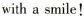
with a smile!